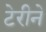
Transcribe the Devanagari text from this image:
टेरीने